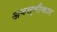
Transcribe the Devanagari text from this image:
अवस्वीकार